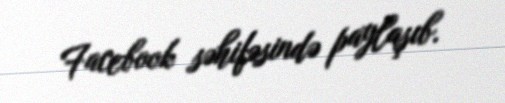
Facebook səhifəsində paylaşıb.